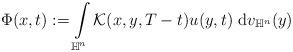
LaTeX: \begin{align*}\Phi(x,t):= \int \limits_{\mathbb{H}^{n}}\mathcal{K}(x,y,T-t)u(y,t)~{\rm d}v_{\mathbb{H}^{n}}(y)\end{align*}